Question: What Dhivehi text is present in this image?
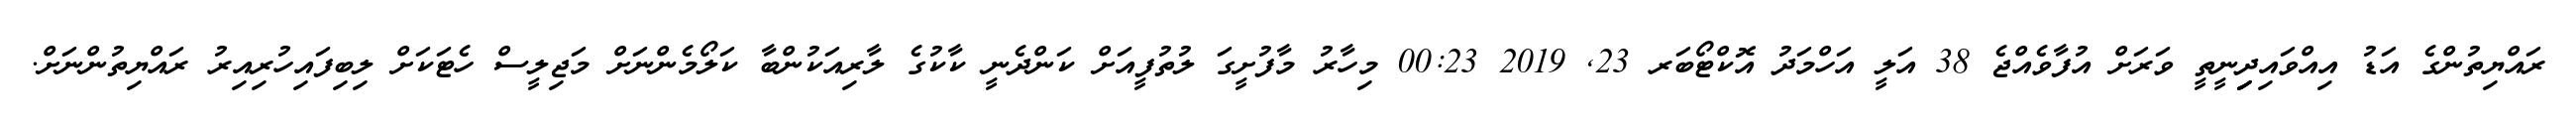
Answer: ރައްޔިތުންގެ އަޑު އިއްވައިދިިިނީތީ ވަރަށް އުފާވެއްޖެ 38 އަލީ އަހްމަދު އޮކްޓޯބަރ 23, 2019 00:23 މިހާރު މާފުށީގަ ލުތުފީއަށް ކަންދެނީ ކާކުގެ ލާރިއަކުންބާ ކަލޯމެންނަށް މަޖިލީސް ހެޓަކަށް ލިބިފައިހުރިއިރު ރައްޔިތުންނަށް.